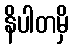
နိပါတမှိ